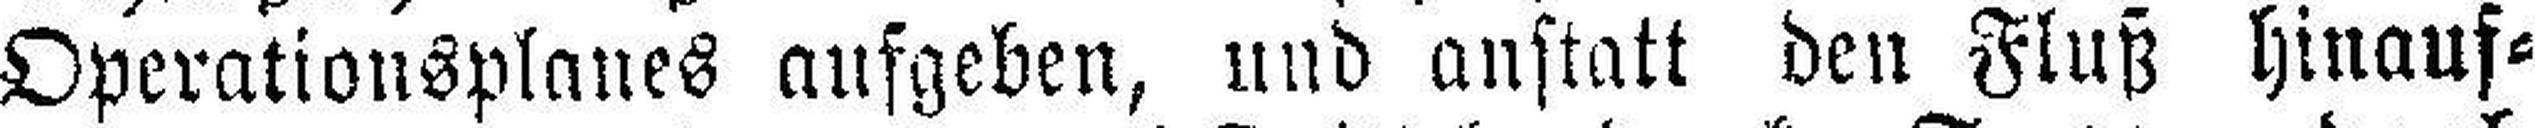
Operationsplanes aufgeben, und anstatt den Fluß hinauf¬